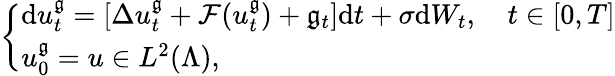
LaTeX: \left\{ \begin{array}{ll}{\mathrm{d}u_{t}^{\mathfrak{g}}=[\Delta u_{t}^{\mathfrak{g}}+\mathcal{F}(u_{t}^{\mathfrak{g}})+\mathfrak{g}_{t}]\mathrm{d}t+\sigma\mathrm{d}W_{t},\quad t\in[0,T]}\\ {u_{0}^{\mathfrak{g}}=u\in L^{2}(\Lambda),}\end{array}\right.